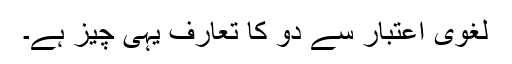
لغوی اعتبار سے دو کا تعارف یہی چیز ہے۔